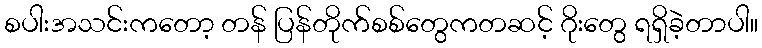
စပါးအသင်းကတော့ တန် ပြန်တိုက်စစ်တွေကတဆင့် ဂိုးတွေ ရရှိခဲ့တာပါ။